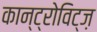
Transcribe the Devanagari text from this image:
कान्ट्रोविट्ज़